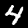
Label: 4